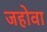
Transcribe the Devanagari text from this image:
जहोवा